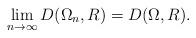
LaTeX: \begin{align*}\lim_{n \rightarrow \infty} D(\Omega_n,R) = D(\Omega, R).\end{align*}